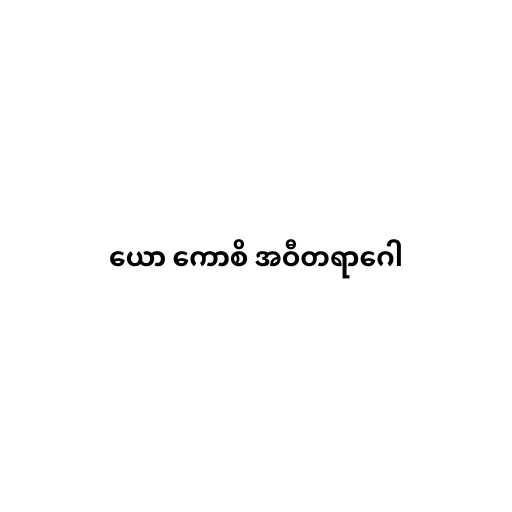
ယော ကောစိ အဝီတရာဂေါ